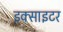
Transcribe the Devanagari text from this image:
इक्साइटर